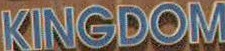
KINGDOM